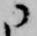
ニ